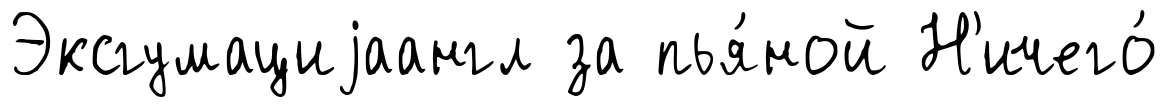
Эксгумациjаангл за пья́ной Н'ичего́